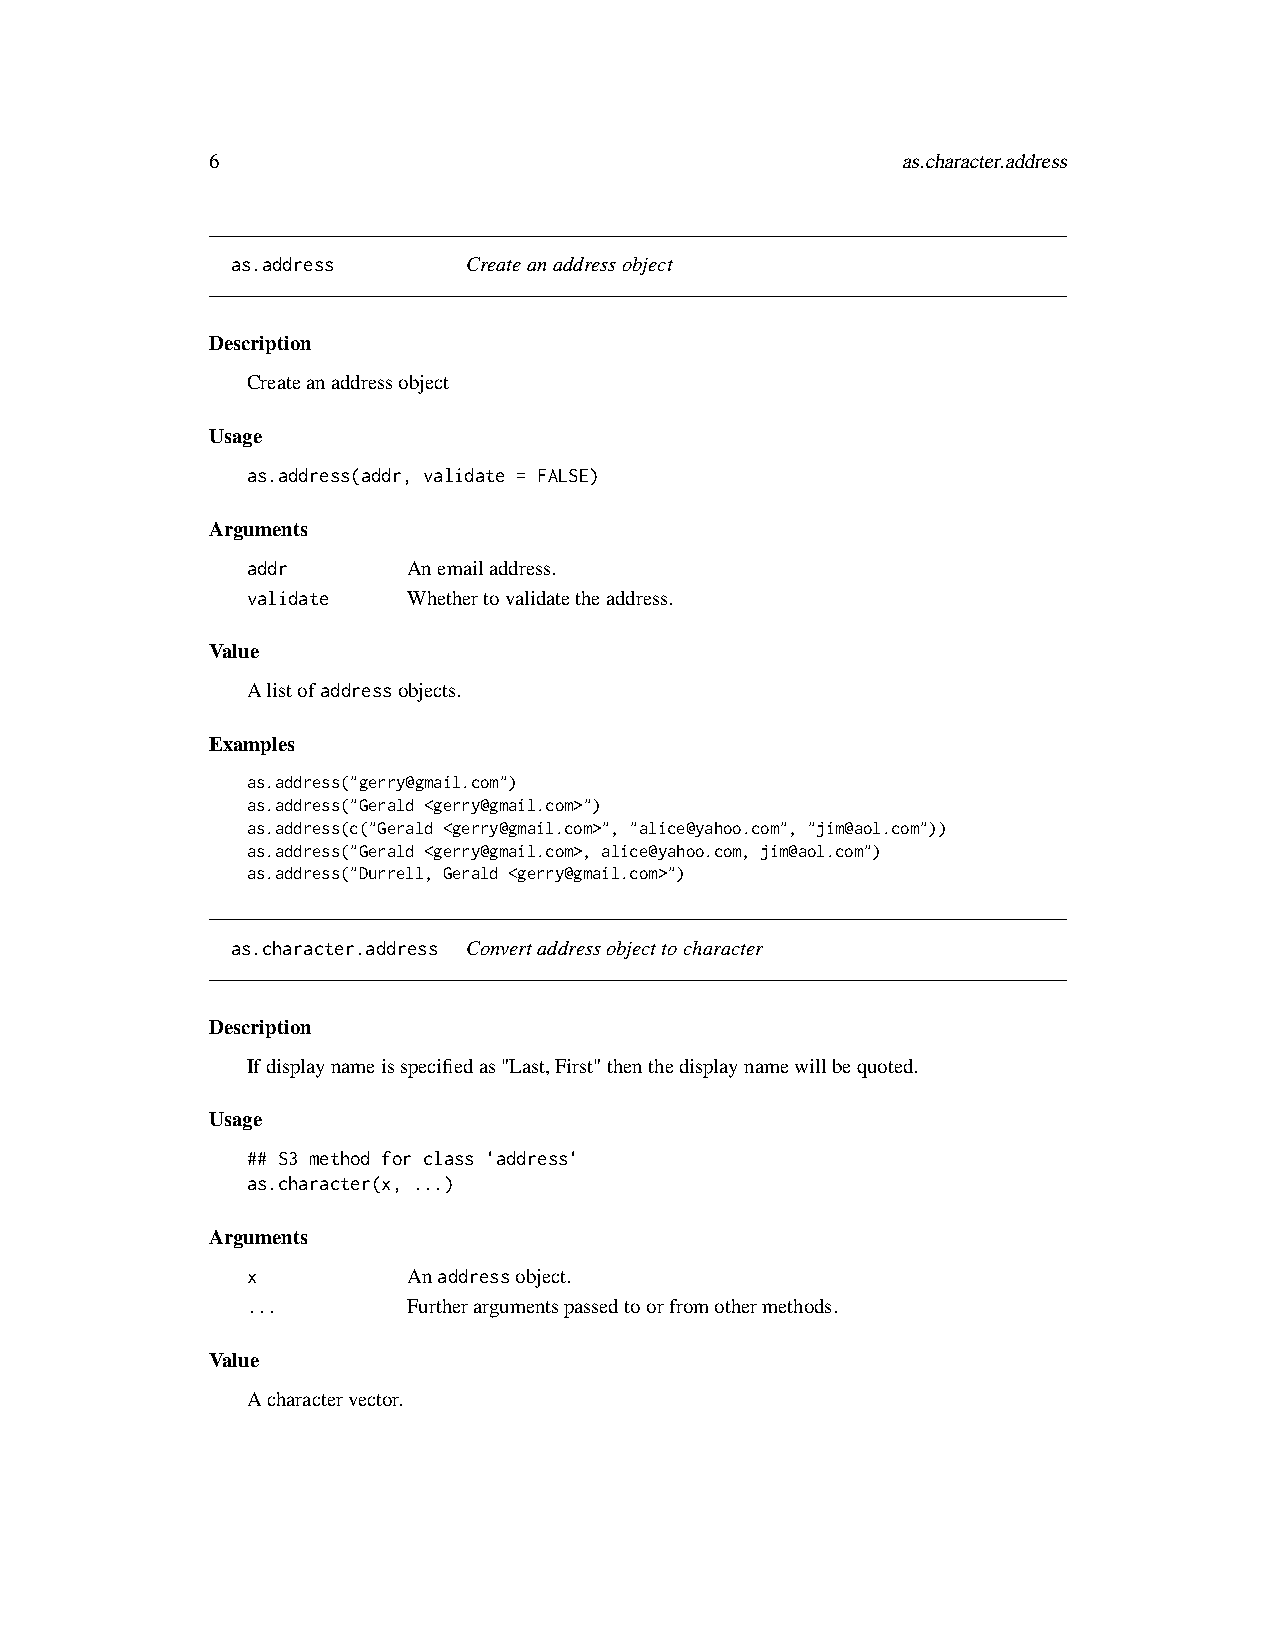
6                                             as.character.address
 as.address      Createanaddressobject
 Description
 Createanaddressobject
 Usage
 as.address(addr, validate = FALSE)
 Arguments
 addr       Anemailaddress.
 validate   Whethertovalidatetheaddress.
 Value
 Alistofaddressobjects.
 Examples
 as.address("gerry@gmail.com")
 as.address("Gerald <gerry@gmail.com>")
 as.address(c("Gerald <gerry@gmail.com>", "alice@yahoo.com", "jim@aol.com"))
 as.address("Gerald <gerry@gmail.com>, alice@yahoo.com, jim@aol.com")
 as.address("Durrell, Gerald <gerry@gmail.com>")
 as.character.address Convertaddressobjecttocharacter
 Description
 Ifdisplaynameisspecifiedas"Last,First"thenthedisplaynamewillbequoted.
 Usage
 ## S3 method for class 'address'
 as.character(x, ...)
 Arguments
 x          Anaddressobject.
 ...        Furtherargumentspassedtoorfromothermethods.
 Value
 Acharactervector.